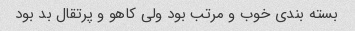
بسته بندی خوب و مرتب بود ولی کاهو و پرتقال بد بود